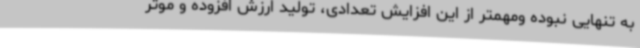
به تنهایی نبوده ومهمتر از این افزایش تعدادی، تولید ارزش افزوده و موثر